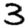
Digit: 3